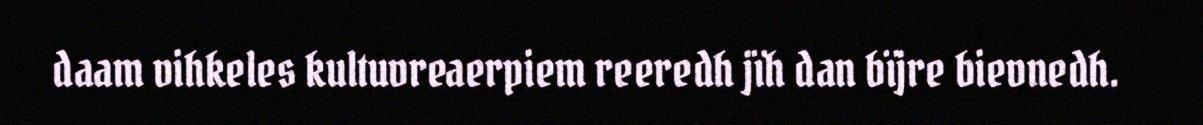
daam vihkeles kultuvreaerpiem reeredh jïh dan bïjre bievnedh.